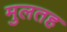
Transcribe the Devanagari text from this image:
मुलतह